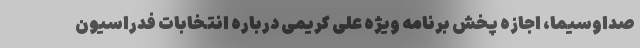
صداوسیما، اجازه پخش برنامه ویژه علی کریمی درباره انتخابات فدراسیون